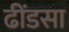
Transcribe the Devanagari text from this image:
ढींडसा